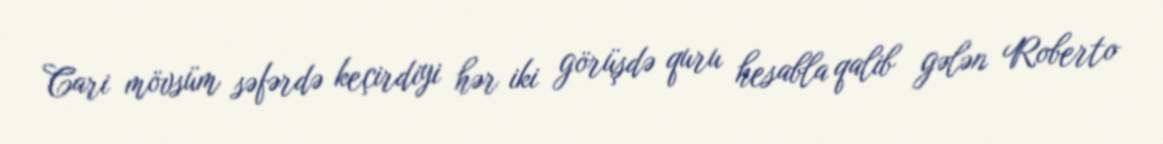
Cari mövsüm səfərdə keçirdiyi hər iki görüşdə quru hesabla qalib gələn Roberto